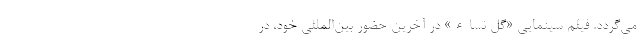
می‌گردد. فیلم سینمایی «گل نساء» در آخرین حضور بین‌المللی خود، در